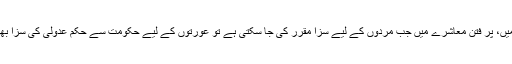
ہنگامی حالات میں، پرُ فتن معاشرے میں جب مردوں کے لیے سزا مقرر کی جا سکتی ہے تو عورتوں کے لیے حکومت سے حکم عدولی کی سزا بھی ہو سکتی ہے۔